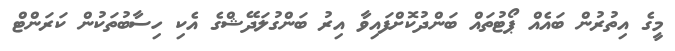
މީގެ އިތުރުން ބައެއް ޕޯޓުތައް ބަންދުކޮށްފައިވާ އިރު ބަންގުލަދޭޝްގެ އެކި ހިސާބުތަކުން ކަރަންޓް